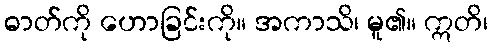
ဓာတ်ကို ဟောခြင်းကို။ အကာသိ၊ မူ၏။ ဣတိ၊